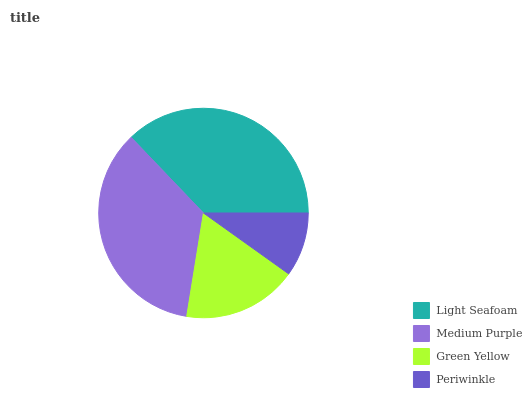
| Light Seafoam | Medium Purple | Green Yellow | Periwinkle |
 | --- | --- | --- | --- |
 | 37.1% | 35.4% | 17.7% | 9.87% |